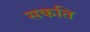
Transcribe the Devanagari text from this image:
सकति